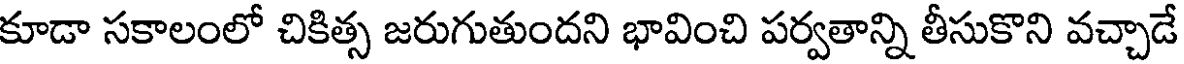
కూడా సకాలంలో చికిత్స జరుగుతుందని భావించి పర్వతాన్ని తీసుకొని వచ్చాడే